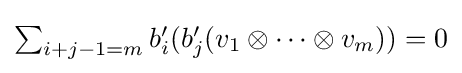
{\textstyle \sum _{i+j-1=m}b_{i}'(b_{j}'(v_{1}\otimes \cdots \otimes v_{m}))=0}